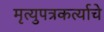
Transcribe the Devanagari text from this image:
मृत्युपत्रकर्त्याचे